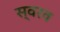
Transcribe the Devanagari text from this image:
स्वरव